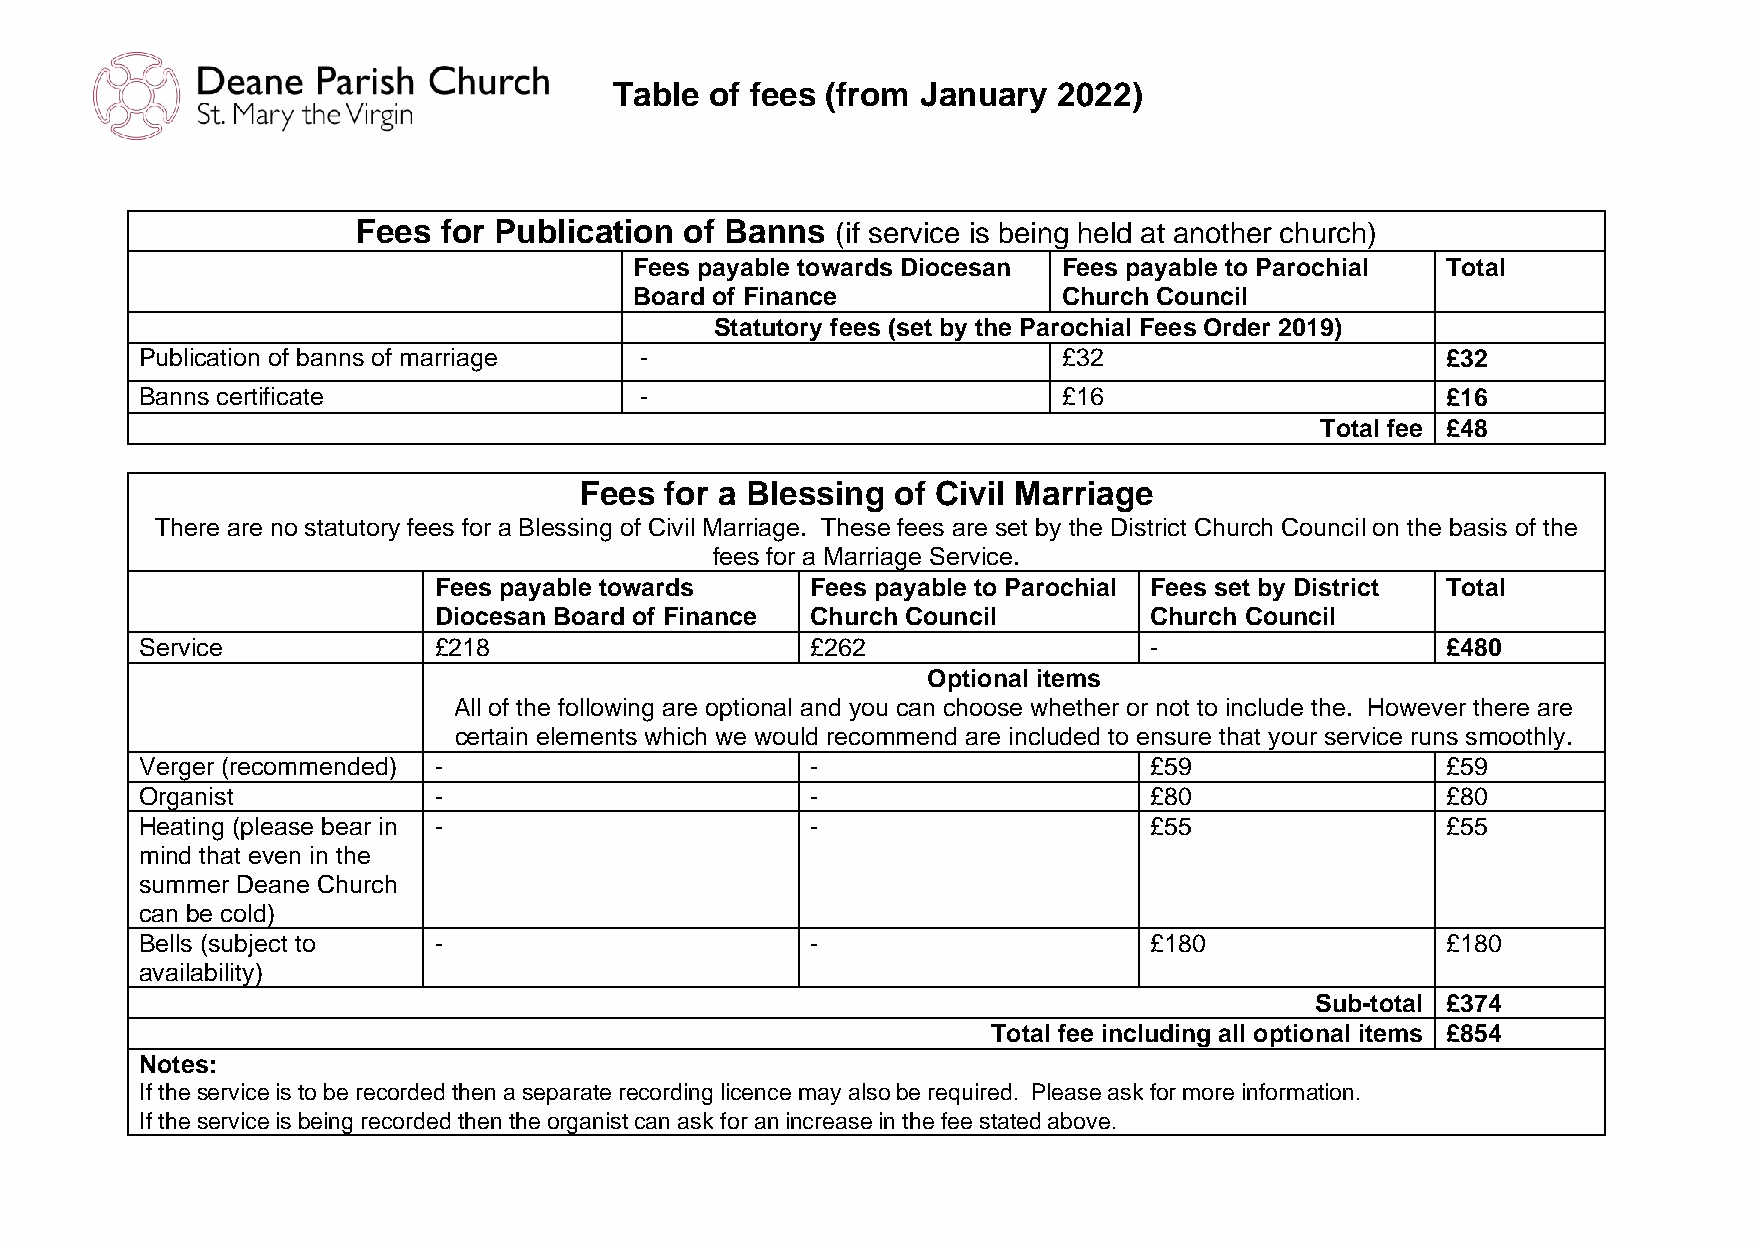
Table of fees (from January  2022)
 Fees for Publication of Banns  (if service is being held at another church)
 Fees payable towards Diocesan Fees payable to Parochial Total
 Board of Finance            Church Council
 Statutory fees (set by the Parochial Fees Order 2019)
 Publication of banns of marriage -                           £32                       £32
 Banns certificate                -                           £16                       £16
 Total fee £48
 Fees  for a Blessing of Civil Marriage
 There are no statutory fees for a Blessing of Civil Marriage. These fees are set by the District Church Council on the basis of the
 fees for a Marriage Service.
 Fees payable towards     Fees payable to Parochial Fees set by District Total
 Diocesan Board of Finance Church Council       Church Council
 Service             £218                     £262                  -                   £480
 Optional items
 All of the following are optional and you can choose whether or not to include the. However there are
 certain elements which we would recommend are included to ensure that your service runs smoothly.
 Verger (recommended) -                       -                     £59                 £59
 Organist            -                        -                     £80                 £80
 Heating (please bear in -                    -                     £55                 £55
 mind that even in the
 summer Deane Church
 can be cold)
 Bells (subject to   -                        -                     £180                £180
 availability)
 Sub-total £374
 Total fee including all optional items £854
 Notes:
 If the service is to be recorded then a separate recording licence may also be required. Please ask for more information.
 If the service is being recorded then the organist can ask for an increase in the fee stated above.